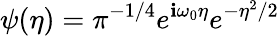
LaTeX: \psi(\eta)=\pi^{-1/4}e^{\mathbf{i}\omega_{0}\eta}e^{-\eta^{2}/2}